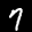
Digit: 7